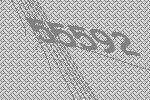
55592